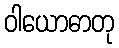
ဝါယောဓာတု